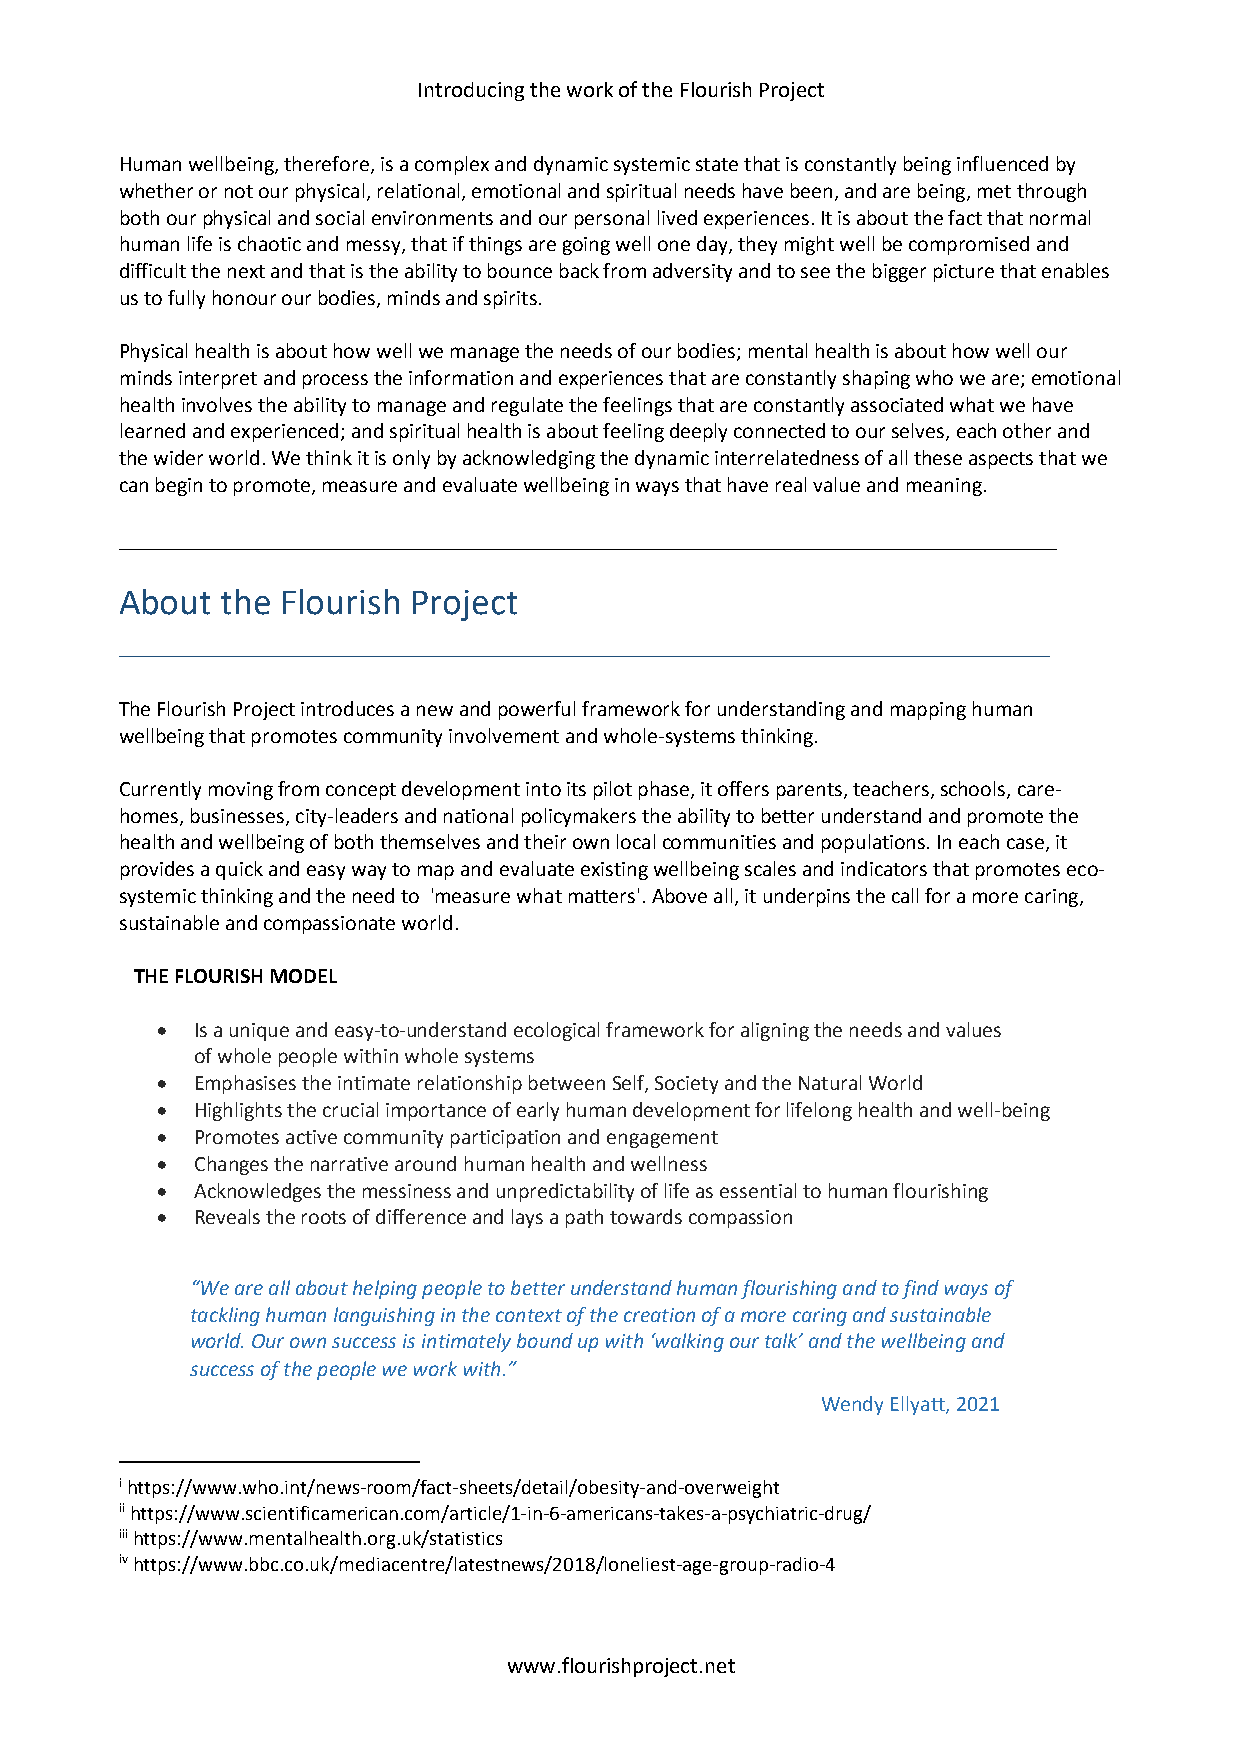
Introducing the work of the Flourish Project
 Human wellbeing, therefore, is a complex and dynamic systemic state that is constantly being influenced by
 whether or not our physical, relational, emotional and spiritual needs have been, and are being, met through
 both our physical and social environments and our personal lived experiences. It is about the fact that normal
 human life is chaotic and messy, that if things are going well one day, they might well be compromised and
 difficult the next and that is the ability to bounce back from adversity and to see the bigger picture that enables
 us to fully honour our bodies, minds and spirits.
 Physical health is about how well we manage the needs of our bodies; mental health is about how well our
 minds interpret and process the information and experiences that are constantly shaping who we are; emotional
 health involves the ability to manage and regulate the feelings that are constantly associated what we have
 learned and experienced; and spiritual health is about feeling deeply connected to our selves, each other and
 the wider world. We think it is only by acknowledging the dynamic interrelatedness of all these aspects that we
 can begin to promote, measure and evaluate wellbeing in ways that have real value and meaning.
 ______________________________________________________________________________________
 About  the Flourish Project
 ________________________________________________________________
 The Flourish Project introduces a new and powerful framework for understanding and mapping human
 wellbeing that promotes community involvement and whole-systems thinking.
 Currently moving from concept development into its pilot phase, it offers parents, teachers, schools, care-
 homes, businesses, city-leaders and national policymakers the ability to better understand and promote the
 health and wellbeing of both themselves and their own local communities and populations. In each case, it
 provides a quick and easy way to map and evaluate existing wellbeing scales and indicators that promotes eco-
 systemic thinking and the need to 'measure what matters'. Above all, it underpins the call for a more caring,
 sustainable and compassionate world.
 THE FLOURISH MODEL
 •  Is a unique and easy-to-understand ecological framework for aligning the needs and values
 of whole people within whole systems
 •  Emphasises the intimate relationship between Self, Society and the Natural World
 •  Highlights the crucial importance of early human development for lifelong health and well-being
 •  Promotes active community participation and engagement
 •  Changes the narrative around human health and wellness
 •  Acknowledges the messiness and unpredictability of life as essential to human flourishing
 •  Reveals the roots of difference and lays a path towards compassion
 “We are all about helping people to better understand human flourishing and to find ways of
 tackling human languishing in the context of the creation of a more caring and sustainable
 world. Our own success is intimately bound up with ‘walking our talk’ and the wellbeing and
 success of the people we work with.”
 Wendy Ellyatt, 2021
 i https://www.who.int/news-room/fact-sheets/detail/obesity-and-overweight
 ii https://www.scientificamerican.com/article/1-in-6-americans-takes-a-psychiatric-drug/
 iii https://www.mentalhealth.org.uk/statistics
 iv https://www.bbc.co.uk/mediacentre/latestnews/2018/loneliest-age-group-radio-4
 www.flourishproject.net